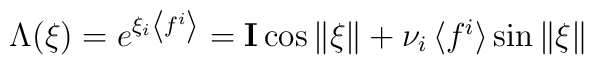
\Lambda(\xi)=\textstyle{e^{\xi_i \left<f^i\right>}={\bf I}\cos\|\xi\|+\nu_i \left<f^i\right>}\sin\|\xi\|